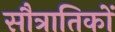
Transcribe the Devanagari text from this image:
सौत्रातिकों